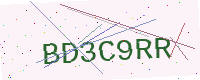
Text: BD3C9RR